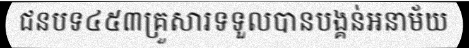
ជនបទ៤៥៣គ្រួសារទទួលបានបង្គន់អនាម័យ